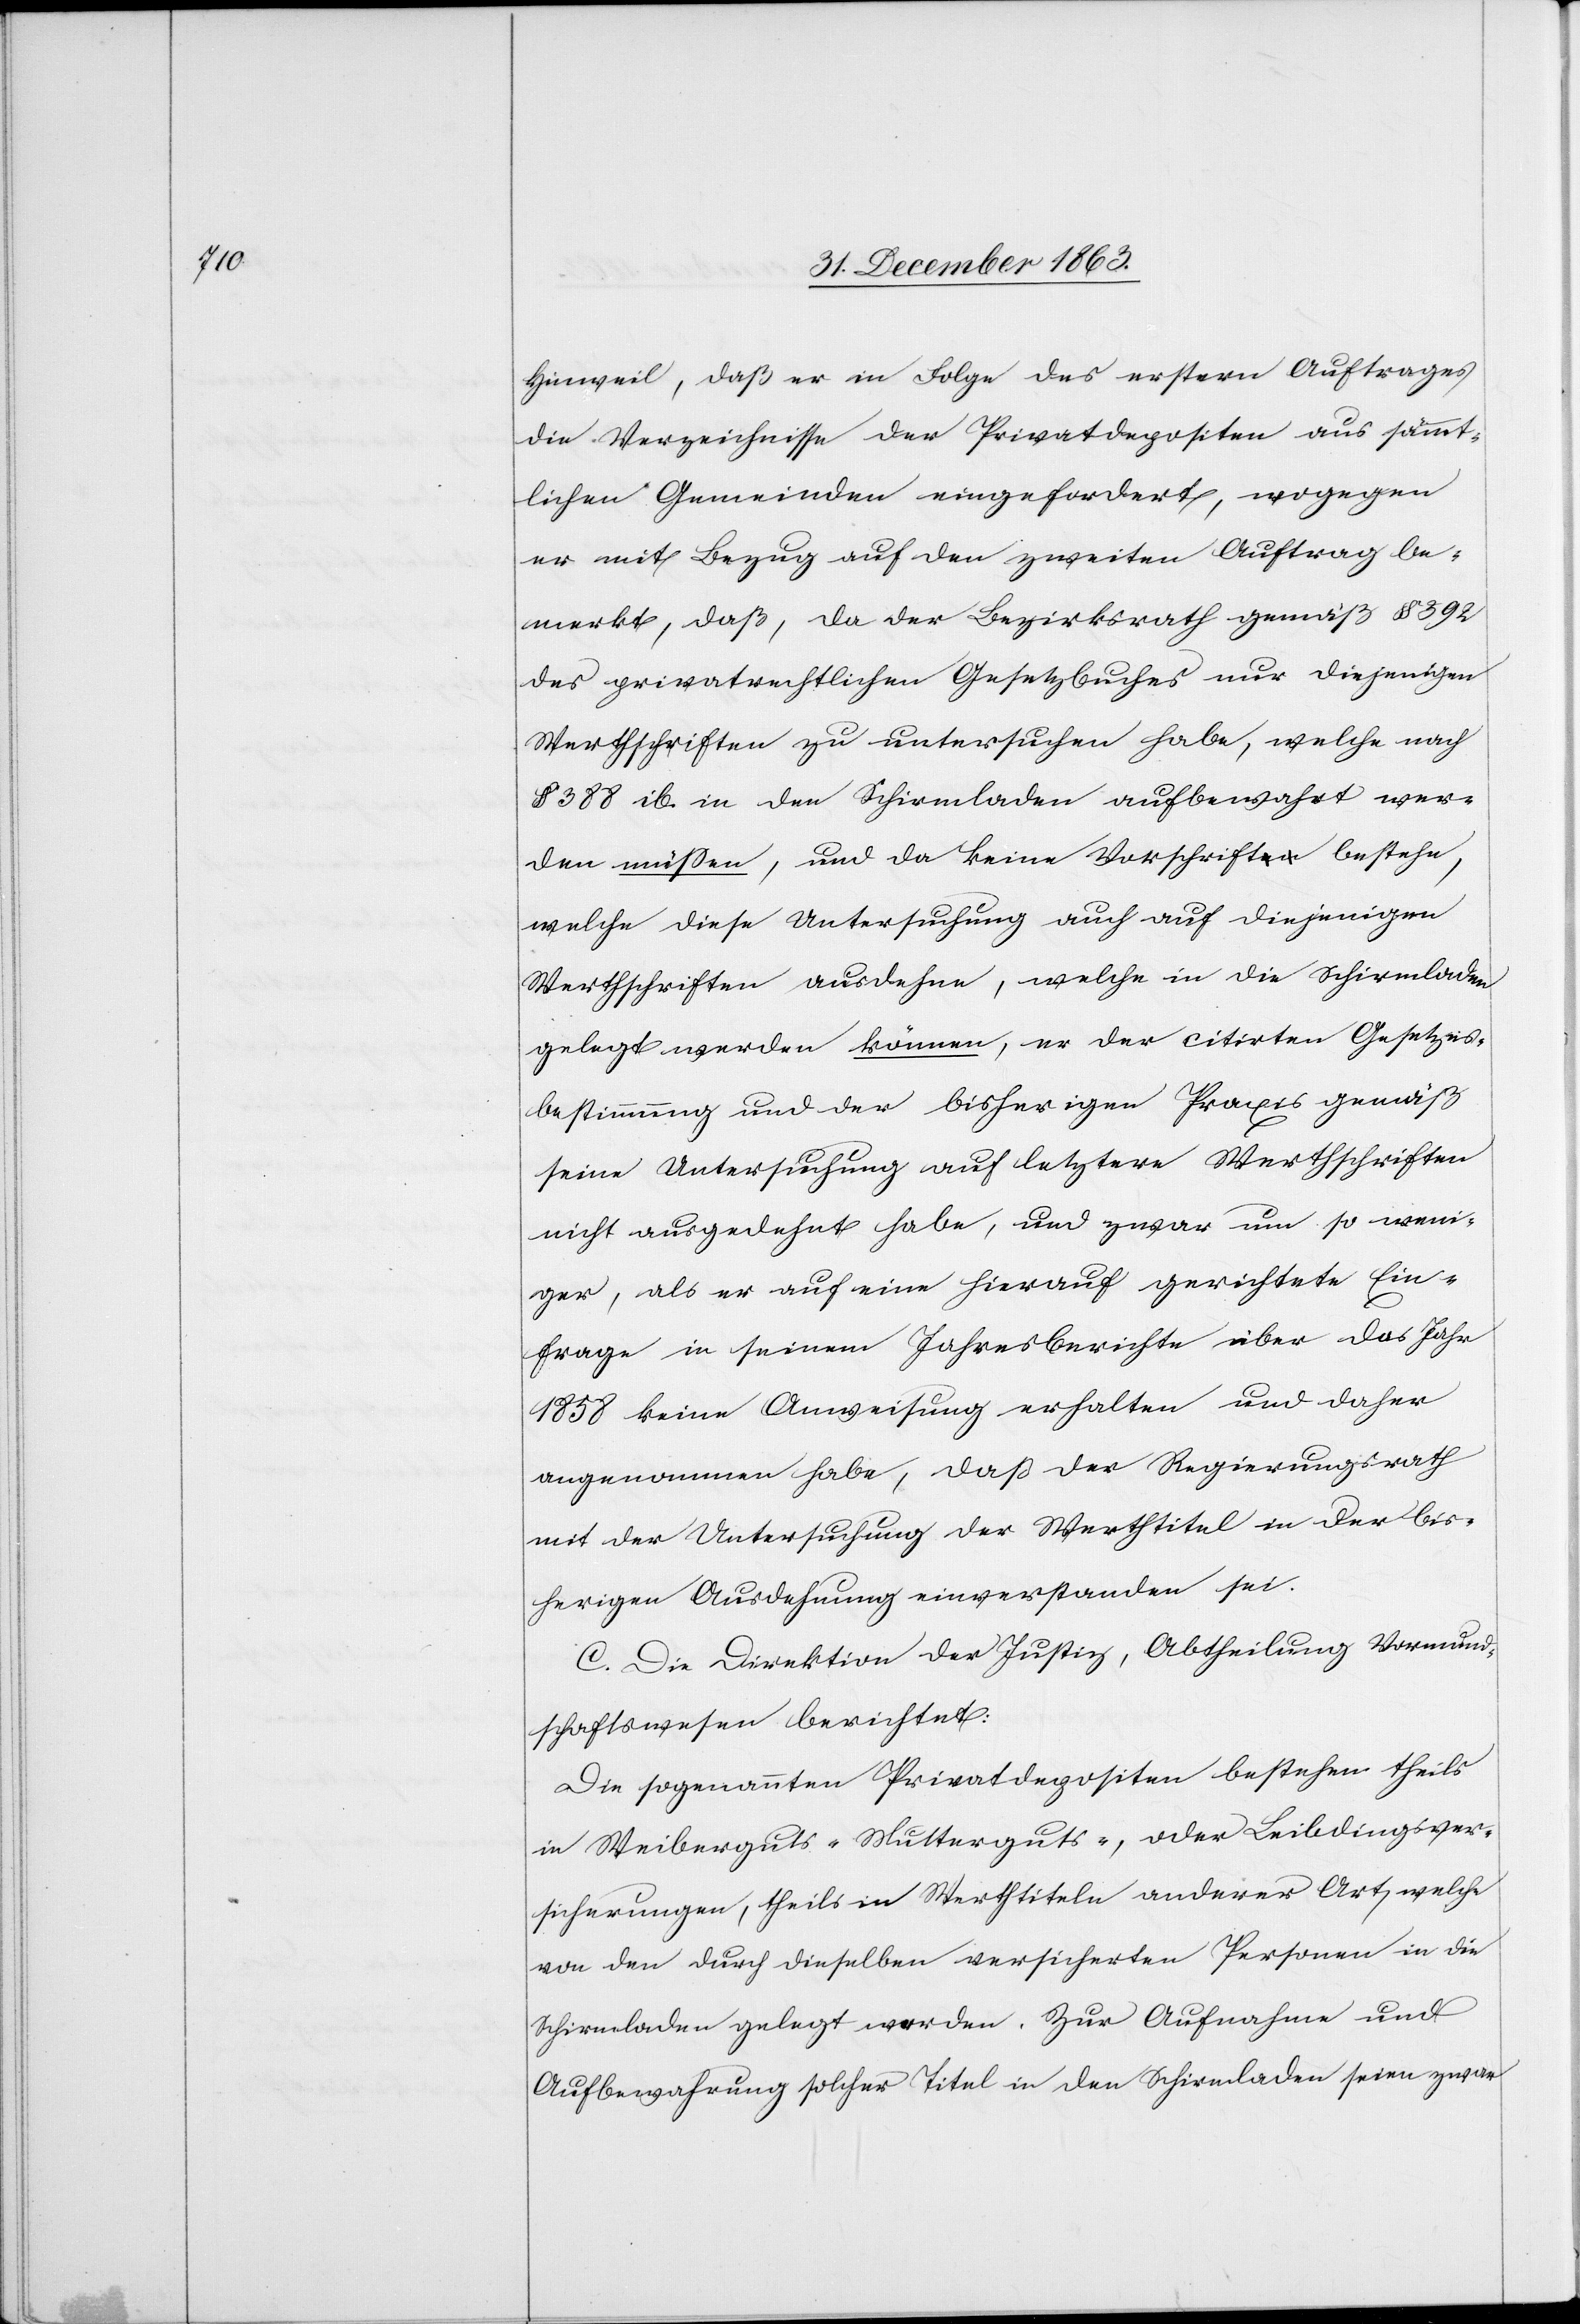
Hinweil, daß er in Folge des erstern Auftrages
die Verzeichnisse der Privatdepositen aus sämmt¬
lichen Gemeinden eingefordert, wogegen
er mit Bezug auf den zweiten Auftrag be¬
merkt, das, da der Bezirksrath gemäß § 392
des privatrechtlichen Gesetzbuches nur diejenigen
Werthschriften zu untersuchen habe, welche nach
§ 388 ib. in den Schirmladen aufbewahrt wer¬
den müssen, und da keine Vorschrift bestehe,
welche diese Untersuchung auch auf diejenigen
Werthschriften ausdehne, welche in die Schirmladen
gelegt werden können, er der citirten Gesetzes¬
bestimmung und der bisherigen Praxis gemäß
seine Untersuchung auf letztere Werthschriften
nicht ausgedehnt habe, und zwar um so weni¬
ger, als er auf eine hierauf gerichtete Ein¬
frage in seinem Jahresberichte über das Jahr
1858 keine Anweisung erhalten und daher
angenommen habe, daß der Regierungsrath
mit der Untersuchung der Werthtitel in der bis¬
herigen Ausdehnung einverstanden sei.
C. Die Direktion der Justiz, Abtheilung Vormund¬
schaftswesen berichtet:
Die sogenannten Privatdepositen bestehen theils
in Weiberguts-[,] Mutterguts-, oder Leibdingsver¬
sicherungen, theils in Werthtiteln anderer Art, welche
von den durch dieselben versicherten Personen in die
Schirmladen gelegt werden. Zur Aufnahme und
Aufbewahrung solcher Titel in den Schirmladen seien zwar